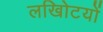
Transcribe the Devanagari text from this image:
लखोिटयों